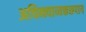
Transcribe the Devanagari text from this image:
अचिन्त्याव्यक्तरूपाय